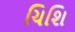
ચિશિ